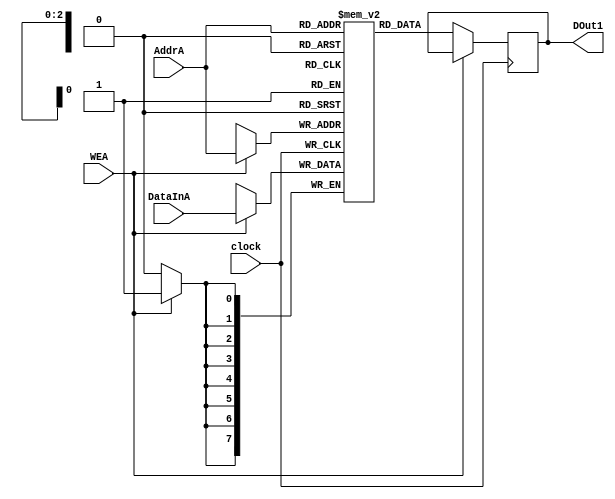
module memoryA(input WEA,input clock, input[7:0]DataInA, input[2:0]AddrA,output reg [7:0]DOut1);

reg [7:0]MemA[0:7];

always @(posedge clock)
begin

if (WEA)
begin
MemA[AddrA] <= DataInA;
end

else
DOut1 <= MemA[AddrA];

end
endmodule